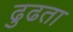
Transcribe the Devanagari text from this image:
ढुढता